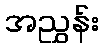
အညွှန်း